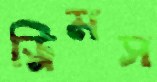
ড্রিমস